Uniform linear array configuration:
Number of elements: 12
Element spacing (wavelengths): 1
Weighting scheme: uniform
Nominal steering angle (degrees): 0
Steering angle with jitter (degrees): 0.9831
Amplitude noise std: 0.05
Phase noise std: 0.05

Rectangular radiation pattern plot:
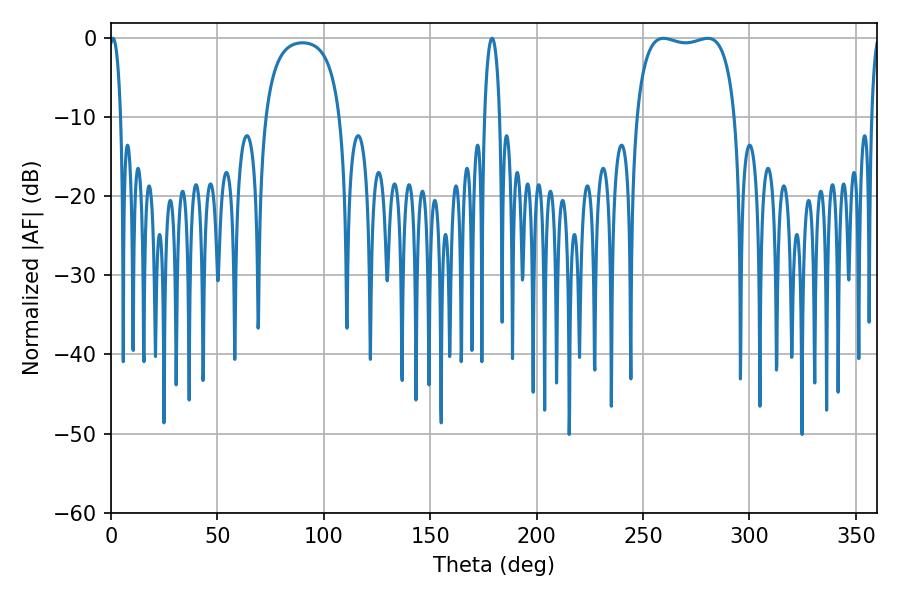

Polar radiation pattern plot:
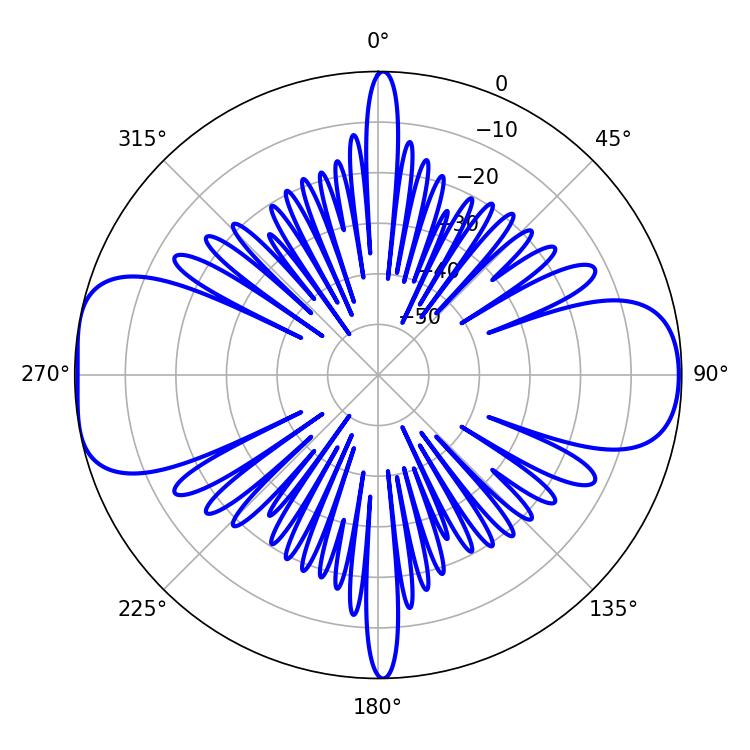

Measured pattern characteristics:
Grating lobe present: TRUE
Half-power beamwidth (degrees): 37.44
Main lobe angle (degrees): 259.56